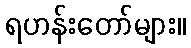
ရဟန်းတော်များ။